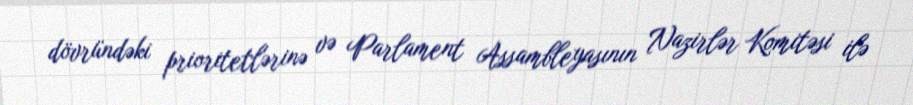
dövründəki prioritetlərinə və Parlament Assambleyasının Nazirlər Komitəsi ilə